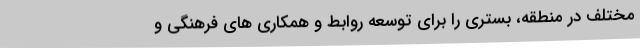
مختلف در منطقه، بستری را برای تو‌سعه روابط و همکاری های فرهنگی و